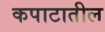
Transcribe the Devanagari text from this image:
कपाटातील